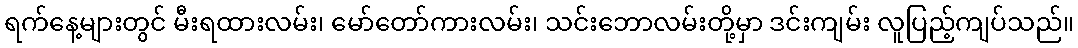
ရက်နေ့များတွင် မီးရထားလမ်း၊ မော်တော်ကားလမ်း၊ သင်းဘောလမ်းတို့မှာ ဒင်းကျမ်း လူပြည့်ကျပ်သည်။